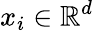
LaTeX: x_{i}\in\mathbb{R}^{d}